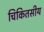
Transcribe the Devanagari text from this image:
चिकितसीय